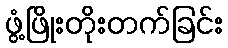
ဖွံ့ဖြိုးတိုးတက်ခြင်း